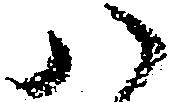
八